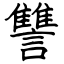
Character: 讐